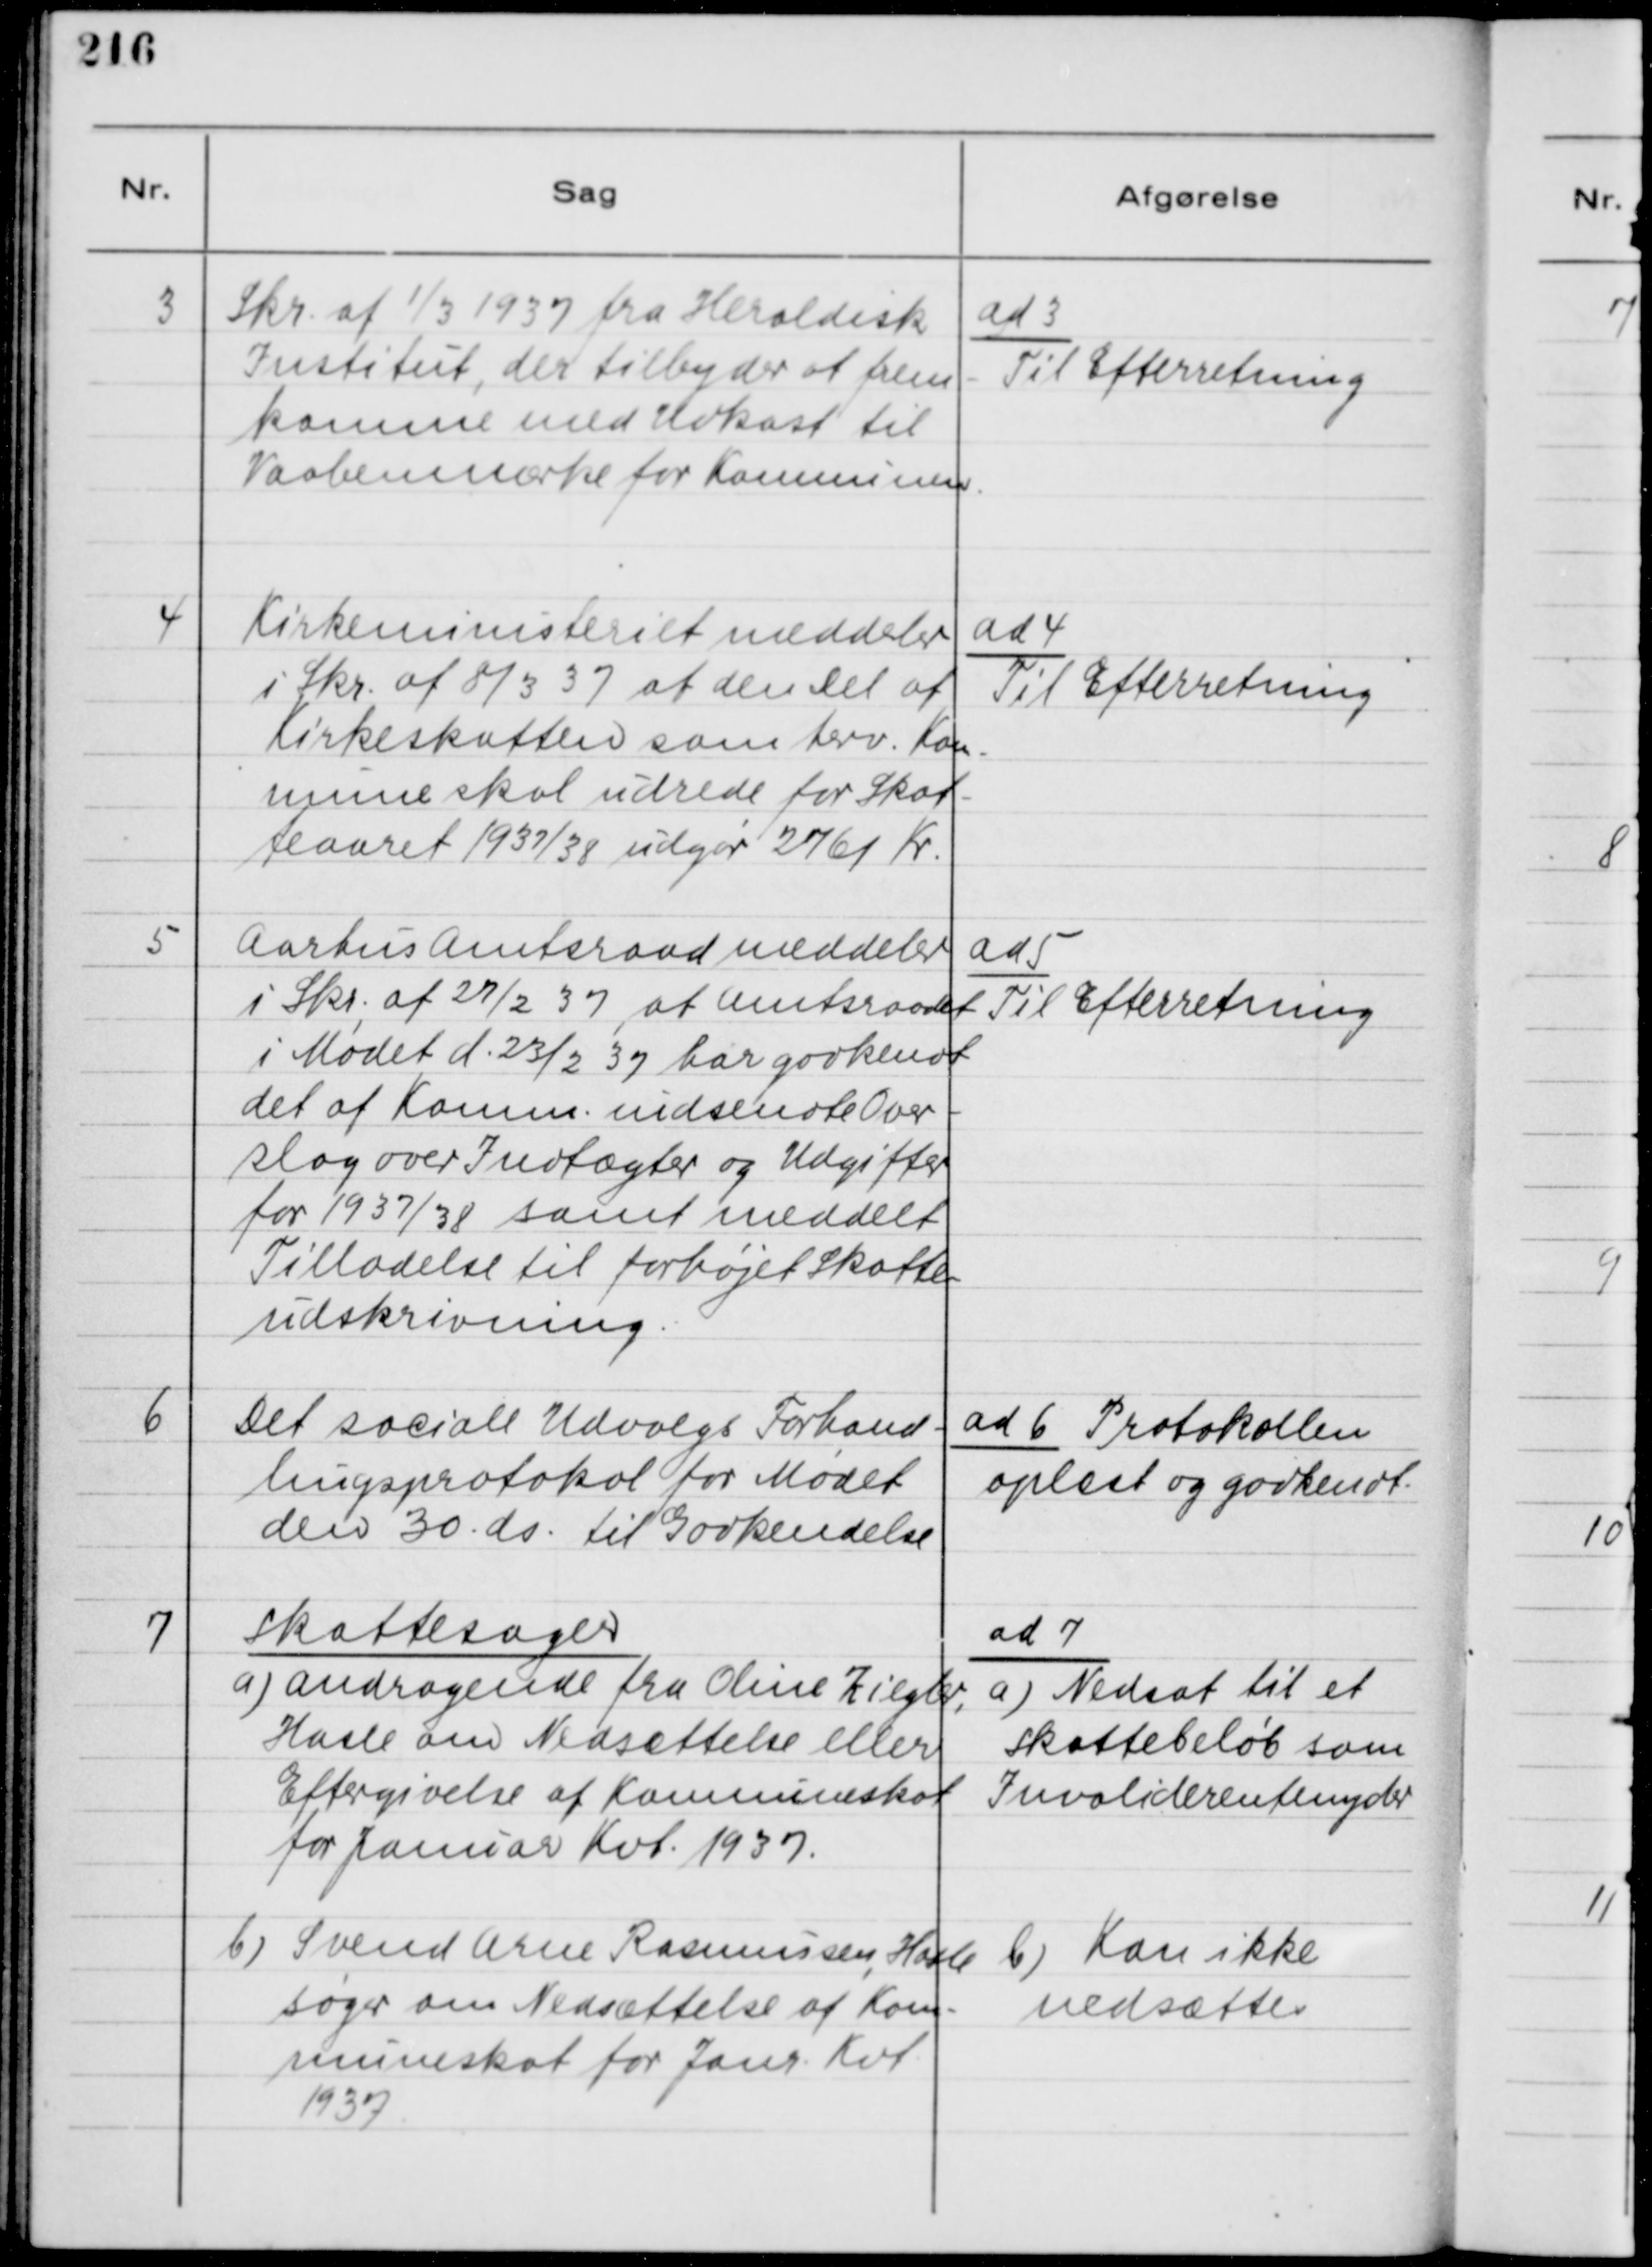
Transskription:
3
Skr. af 1/3 1937 fra Heraldisk
Institut, der tilbyder at frem-
komme med Udkast til
Vaabenmærke for Komnunen .

ad 3
Til Efterretning

4
Kirkeministeriet meddeler
i Skr. af 8/3 37 at den Del af
Kirkeskatten som herv. Kom-
mune skal udrede for Skat-
teaaret 1937/38 udgør 2761 Kr.

ad 4
Til Efterretning

5
Aarhus Amtsraad meddeler
i Skr. af 27/2 37 af Amtsraadet
i Mødet d. 23/2 37 har godkendt
det af komm. indsendte Over-
slag over Indtægter og Udgifter
for 1937/31 samt meddelt
Tilladelse til forhøjet Skatte-
udskrivnig.

ad 5
Til Efterretning

6
Det sociale Udvalgs Forhand-
lingsprotokol for Mødet
den 30. ds. til Godkendelse

ad 6 Protokollen
oplæst og godkendt.

7
Skattesager
a) andragende fra Oline Ziegler,
Hasle om Nedsættelse eller
Eftergivelse af Kommuneskat
for Jannar Kvt. 1937.
b) Svend Arne Rasmussen, Hasle
søger om Nedsættelse af Kom-
muneskat for Janr. Kvt.
1937

ad 7
a) Nedsat til et
Skattebeløb som
Invaliderentenyder
b) Kan ikke
nedsættes